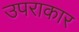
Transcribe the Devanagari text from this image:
उपराकार